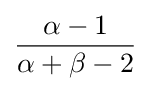
{\frac {\alpha -1}{\alpha +\beta -2}}